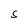
Character: S